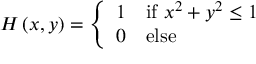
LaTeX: H \left( x , y \right) = { \left\{ \begin{array} { l l } { 1 } & { { \mathrm { i f ~ } } x ^ { 2 } + y ^ { 2 } \leq 1 } \\ { 0 } & { { \mathrm { e l s e } } } \end{array} \right. }